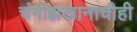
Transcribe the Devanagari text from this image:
चंगीझखानाचीही